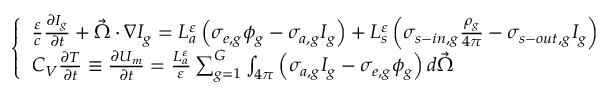
\left\{ \begin{array} { l } { { \frac { \varepsilon } { c } \frac { \partial I _ { g } } { \partial t } + \vec { \Omega } \cdot \nabla I _ { g } = L _ { a } ^ { \varepsilon } \left( \sigma _ { e , g } \phi _ { g } - \sigma _ { a , g } I _ { g } \right) + L _ { s } ^ { \varepsilon } \left( \sigma _ { s - i n , g } \frac { \rho _ { g } } { 4 \pi } - \sigma _ { s - o u t , g } I _ { g } \right) } } \\ { { C _ { V } \frac { \partial T } { \partial t } \equiv \frac { \partial U _ { m } } { \partial t } = \frac { L _ { a } ^ { \varepsilon } } { \varepsilon } \sum _ { g = 1 } ^ { G } \int _ { 4 \pi } \left( \sigma _ { a , g } I _ { g } - \sigma _ { e , g } \phi _ { g } \right) d \vec { \Omega } } } \end{array} \right.